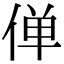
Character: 𫢸